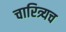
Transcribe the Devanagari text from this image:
चारित्र्यच